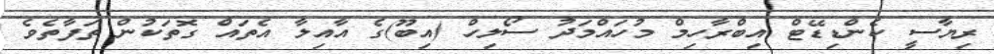
ރިޔާސީ ކެންޑިޑޭޓް އިބްރާހިމް މުހައްމަދު ސޯލިހް (އިބޫ)ގެ އާއިލާ އެތައް ގޮތަކުން ތަފާތެވެ